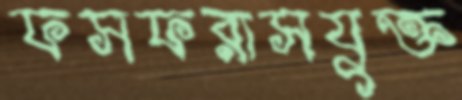
ফসফরাসযুক্ত